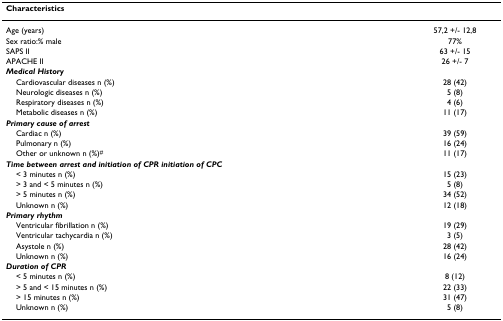
<table><thead><tr><td><b>Characteristics</b></td><td></td></tr></thead><tbody><tr><td>Age (years)</td><td>57,2 +/- 12,8</td></tr><tr><td>Sex ratio:% male</td><td>77%</td></tr><tr><td>SAPS II</td><td>63 +/- 15</td></tr><tr><td>APACHE II</td><td>26 +/- 7</td></tr><tr><td><b><i>Medical History</i></b></td><td></td></tr><tr><td> Cardiovascular diseases n (%)</td><td>28 (42)</td></tr><tr><td> Neurologic diseases n (%)</td><td>5 (8)</td></tr><tr><td> Respiratory diseases n (%)</td><td>4 (6)</td></tr><tr><td> Metabolic diseases n (%)</td><td>11 (17)</td></tr><tr><td><b><i>Primary cause of arrest</i></b></td><td></td></tr><tr><td> Cardiac n (%)</td><td>39 (59)</td></tr><tr><td> Pulmonary n (%)</td><td>16 (24)</td></tr><tr><td> Other or unknown n (%)<sup>#</sup></td><td>11 (17)</td></tr><tr><td><b><i>Time between arrest and initiation of CPR initiation of CPC</i></b></td><td></td></tr><tr><td> &lt; 3 minutes n (%)</td><td>15 (23)</td></tr><tr><td> &gt; 3 and &lt; 5 minutes n (%)</td><td>5 (8)</td></tr><tr><td> &gt; 5 minutes n (%)</td><td>34 (52)</td></tr><tr><td> Unknown n (%)</td><td>12 (18)</td></tr><tr><td><b><i>Primary rhythm</i></b></td><td></td></tr><tr><td> Ventricular fibrillation n (%)</td><td>19 (29)</td></tr><tr><td> Ventricular tachycardia n (%)</td><td>3 (5)</td></tr><tr><td> Asystole n (%)</td><td>28 (42)</td></tr><tr><td> Unknown n (%)</td><td>16 (24)</td></tr><tr><td><b><i>Duration of CPR</i></b></td><td></td></tr><tr><td> &lt; 5 minutes n (%)</td><td>8 (12)</td></tr><tr><td> &gt; 5 and &lt; 15 minutes n (%)</td><td>22 (33)</td></tr><tr><td> &gt; 15 minutes n (%)</td><td>31 (47)</td></tr><tr><td> Unknown n (%)</td><td>5 (8)</td></tr></tbody></table>